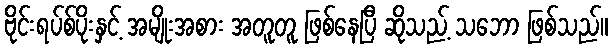
ဗိုင်းရပ်စ်ပိုးနှင့် အမျိုးအစား အတူတူ ဖြစ်နေပြီ ဆိုသည့် သဘော ဖြစ်သည်။